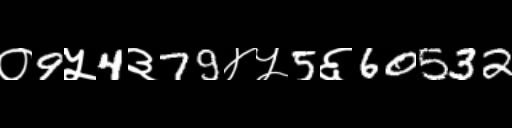
Text: ०9५4३79४५5६60532